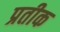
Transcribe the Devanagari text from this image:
प्रतीक